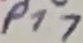
Text: P1.7